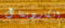
الكاردينال